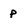
Character: p